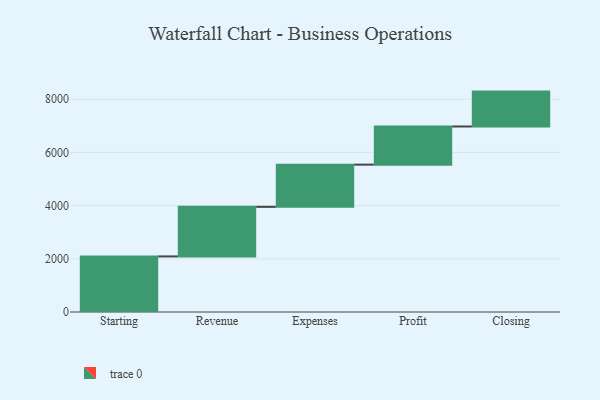
{"axis": {"x": "Step", "y": "Value"}, "legend": [""], "data": [{"x": "Starting", "y": 2090.0, "type": ""}, {"x": "Revenue", "y": 1864.0, "type": ""}, {"x": "Expenses", "y": 1587.0, "type": ""}, {"x": "Profit", "y": 1434.0, "type": ""}, {"x": "Closing", "y": 1312.0, "type": ""}]}